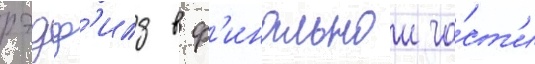
рэдф'илд в ф'инальнои ча́ст'и